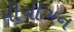
મીચીગન